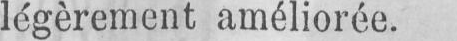
légèrement améliorée.